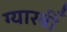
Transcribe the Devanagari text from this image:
ग्यारवीँ